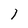
Character: l